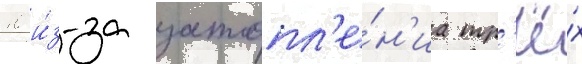
10 и́з-за затопл'е́н'иа тр'ё́х